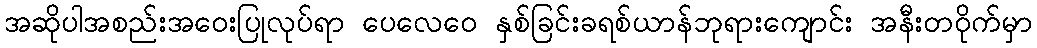
အဆိုပါအစည်းအဝေးပြုလုပ်ရာ ပေလေဝေ နှစ်ခြင်းခရစ်ယာန်ဘုရားကျောင်း အနီးတဝိုက်မှာ